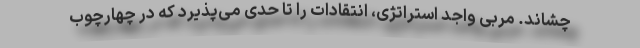
چشاند. مربی واجد استراتژی، انتقادات را تا حدی می‌پذیرد که در چهارچوب